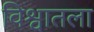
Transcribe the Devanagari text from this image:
विश्वातला